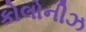
કોલોનીઝ